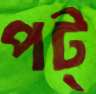
পট্